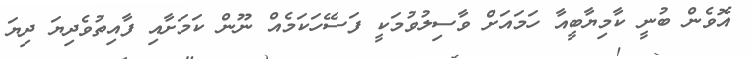
އޮވެން ބުނީ ކާމިޔާބީއާ ހަމައަށް ވާސިލުވުމަކީ ފަސޭހަކަމެއް ނޫން ކަމަށާއި ފާއިތުވެދިޔަ ދިޔަ